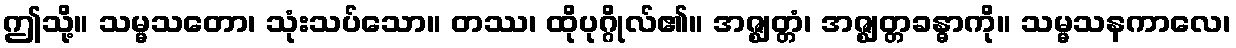
ဤသို့။ သမ္မသတော၊ သုံးသပ်သော။ တဿ၊ ထိုပုဂ္ဂိုလ်၏။ အဇ္ဈတ္တံ၊ အဇ္ဈတ္တခန္ဓာကို။ သမ္မသနကာလေ၊